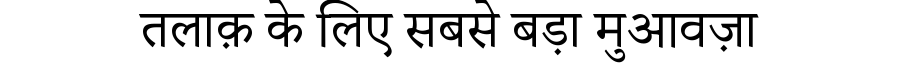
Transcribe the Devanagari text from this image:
तलाक़ के लिए सबसे बड़ा मुआवज़ा